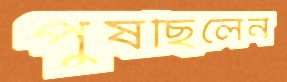
পুষছিলেন